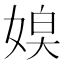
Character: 𡞃